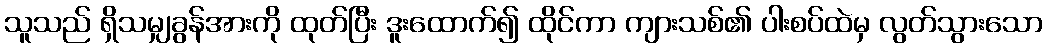
သူသည် ရှိသမျှခွန်အားကို ထုတ်ပြီး ဒူးထောက်၍ ထိုင်ကာ ကျားသစ်၏ ပါးစပ်ထဲမှ လွတ်သွားသော